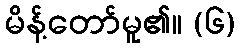
မိန့်တော်မူ၏။ (၆)